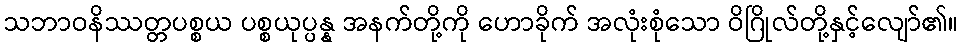
သဘာဝနိဿတ္တပစ္စယ ပစ္စယုပ္ပန္န အနက်တို့ကို ဟောခိုက် အလုံးစုံသော ဝိဂြိုလ်တို့နှင့်လျော်၏။